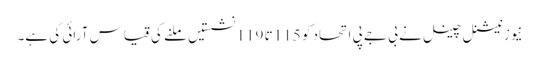
نیوز نیشنل چینل نے بی جے پی اتحاد کو 115 تا 119 نشستیں ملنے کی قیاس آرائی کی ہے۔